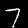
Digit: 7